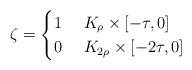
LaTeX: \begin{align*}\zeta = \begin{cases} 1 & \ K_{\rho}\times [-\tau, 0] \\ 0 & \ K_{2\rho}\times [-2\tau, 0] \end{cases}\end{align*}